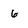
Character: 6